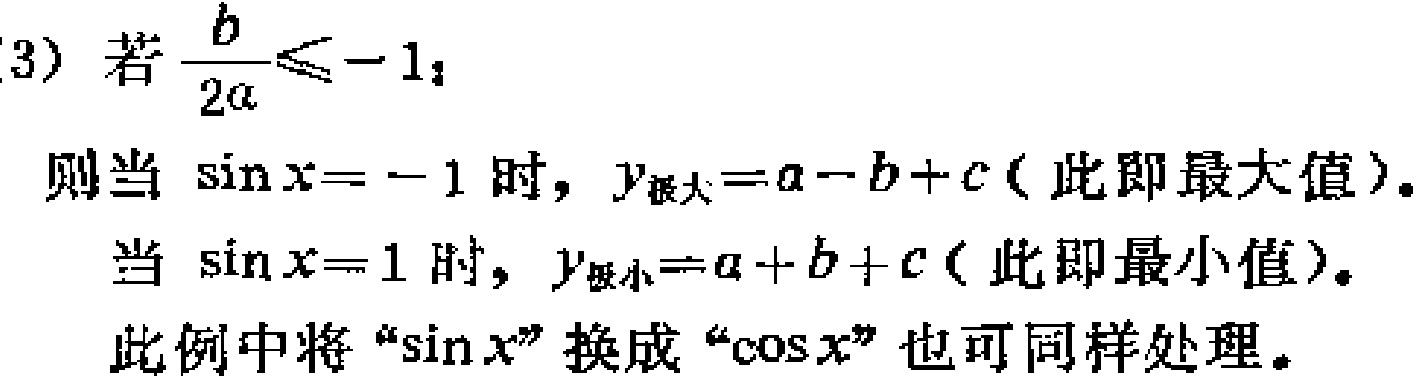
(3) 若\(\frac{b}{2a}\leq -1\)，
则当\(\sin x = -1\)时，\(y_{最大}=a - b + c\)（此即最大值）。
当\(\sin x = 1\)时，\(y_{极小}=a + b + c\)（此即最小值）。
此例中将“\(\sin x\)”换成“\(\cos x\)”也可同样处理。